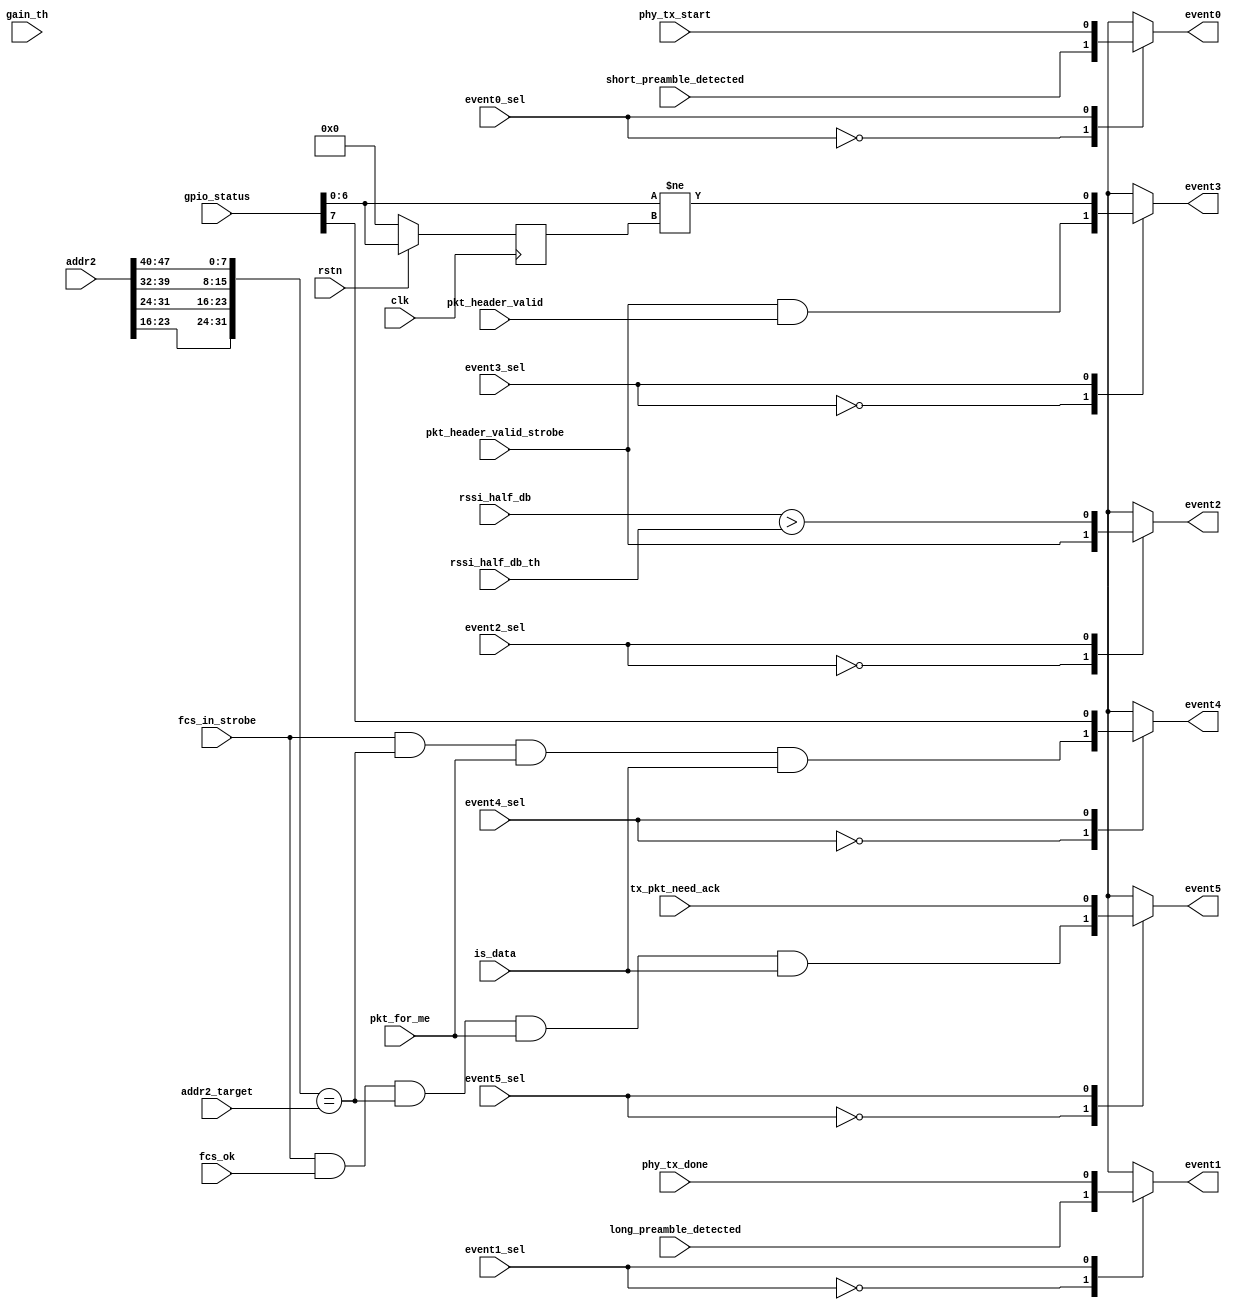

// Xianjun jiao. putaoshu@msn.com; xianjun.jiao@imec.be;

// `define DEBUG_PREFIX (*mark_debug="true",DONT_TOUCH="TRUE"*)
`define DEBUG_PREFIX

`timescale 1 ns / 1 ps

	module side_ch_counter_event_cfg #
	(
		// parameter integer TSF_TIMER_WIDTH = 64, // according to 802.11 standard

		parameter integer GPIO_STATUS_WIDTH = 8,
		parameter integer RSSI_HALF_DB_WIDTH = 11,
		parameter integer C_S_AXI_DATA_WIDTH = 32
		// parameter integer IQ_DATA_WIDTH = 16,
	    // parameter integer C_S_AXIS_TDATA_WIDTH	= 64,
        // parameter integer MAX_NUM_DMA_SYMBOL = 8192,
        // parameter integer MAX_BIT_NUM_DMA_SYMBOL = 14
		// parameter integer COUNTER_WIDTH = 16
	)
	(
        input wire clk,
        input wire rstn,

		// original event source
		input wire [(GPIO_STATUS_WIDTH-2):0] gain_th,
		input wire signed [(RSSI_HALF_DB_WIDTH-1):0] rssi_half_db_th,
	    input wire [(GPIO_STATUS_WIDTH-1):0] gpio_status,
        input wire signed [(RSSI_HALF_DB_WIDTH-1):0] rssi_half_db,

		input wire short_preamble_detected,
		input wire long_preamble_detected,

		input wire pkt_header_valid_strobe,
		input wire pkt_header_valid,

		input wire [C_S_AXI_DATA_WIDTH-1 : 0] addr2_target,
		input wire [47:0] addr2,
		input wire pkt_for_me,
		input wire is_data,

		input wire fcs_in_strobe,
		input wire fcs_ok,

		input wire phy_tx_start,
		input wire phy_tx_done,
		input wire tx_pkt_need_ack,

		// from arm. event source select
	 	input wire event0_sel,
	 	input wire event1_sel,
	 	input wire event2_sel,
	 	input wire event3_sel,
	 	input wire event4_sel,
	 	input wire event5_sel,

		// counter++ event output
		output reg event0,
		output reg event1,
		output reg event2,
		output reg event3,
		output reg event4,
		output reg event5
	);

	reg [(GPIO_STATUS_WIDTH-2):0] gpio_status_reg;
	wire agc_lock;
	wire gain_change;
	wire rssi_above_th;
	wire addr2_match;

	assign agc_lock = gpio_status[GPIO_STATUS_WIDTH-1];
	assign gain_change = (gpio_status[(GPIO_STATUS_WIDTH-2):0] != gpio_status_reg);
	assign rssi_above_th = (rssi_half_db> rssi_half_db_th);
	assign addr2_match = ({addr2[23:16],addr2[31:24],addr2[39:32],addr2[47:40]} == addr2_target);

    always @(posedge clk) begin
		if (!rstn) begin
			gpio_status_reg <= 0;
		end else begin
			gpio_status_reg <= gpio_status[(GPIO_STATUS_WIDTH-2):0];
		end
    end

	always @( event0_sel, short_preamble_detected, phy_tx_start )
	begin
      case (event0_sel)
        0: begin  event0 <= short_preamble_detected;  end
		1: begin  event0 <= phy_tx_start;  end
      endcase
 	end

	always @( event1_sel, long_preamble_detected, phy_tx_done )
	begin
      case (event1_sel)
        0: begin  event1 <= long_preamble_detected;  end
		1: begin  event1 <= phy_tx_done;  end
      endcase
 	end

	always @( event2_sel, pkt_header_valid_strobe, rssi_above_th)
	begin
      case (event2_sel)
        0: begin  event2 <= pkt_header_valid_strobe;  end
		1: begin  event2 <= rssi_above_th;  end
      endcase
 	end

	always @( event3_sel, pkt_header_valid_strobe, pkt_header_valid, gain_change)
	begin
      case (event3_sel)
        0: begin  event3 <= (pkt_header_valid_strobe&pkt_header_valid);  end
		1: begin  event3 <= gain_change;  end
      endcase
 	end

	always @( event4_sel, fcs_in_strobe, addr2_match, pkt_for_me, is_data, agc_lock)
	begin
      case (event4_sel)
        0: begin  event4 <= (((fcs_in_strobe&addr2_match)&pkt_for_me)&is_data);  end
		1: begin  event4 <= agc_lock;  end
      endcase
 	end

	always @( event5_sel, fcs_in_strobe, fcs_ok, addr2_match, pkt_for_me, is_data, tx_pkt_need_ack)
	begin
      case (event5_sel)
        0: begin  event5 <= ((((fcs_in_strobe&fcs_ok)&addr2_match)&pkt_for_me)&is_data);  end
		1: begin  event5 <= tx_pkt_need_ack;  end
      endcase
 	end

	endmodule